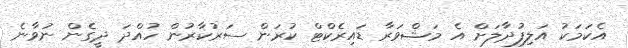
އެކަމަކު އަލިފުދާލަށް އެ މަޝްވަރާ ޑައިރެކްޓް ކުރަން ސަރުކާރުން ހުއްދަ ދީގެން ނުވާނެ